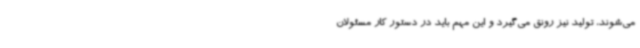
می‌شوند، تولید نیز رونق می‌گیرد و این مهم باید در دستور کار مسئولان